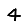
Digit: 4